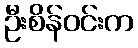
ဦးစိန်ဝင်းက